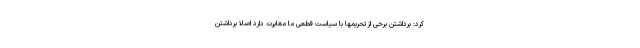
کرد: برداشتن برخی از تحریمها با سیاست قطعی ما مغایرت دارد اصلا برداشتن